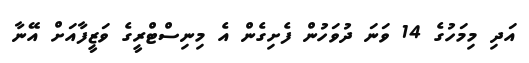
އަދި މިމަހުގެ 14 ވަނަ ދުވަހުން ފެށިގެން އެ މިނިސްޓްރީގެ ވަޒީފާއަށް އޭނާ